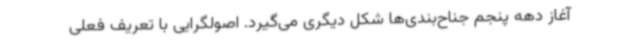
آغاز دهه پنجم جناح‌بندی‌ها شکل دیگری می‌گیرد. اصولگرایی با تعریف فعلی